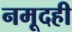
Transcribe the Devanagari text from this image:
नमूदही